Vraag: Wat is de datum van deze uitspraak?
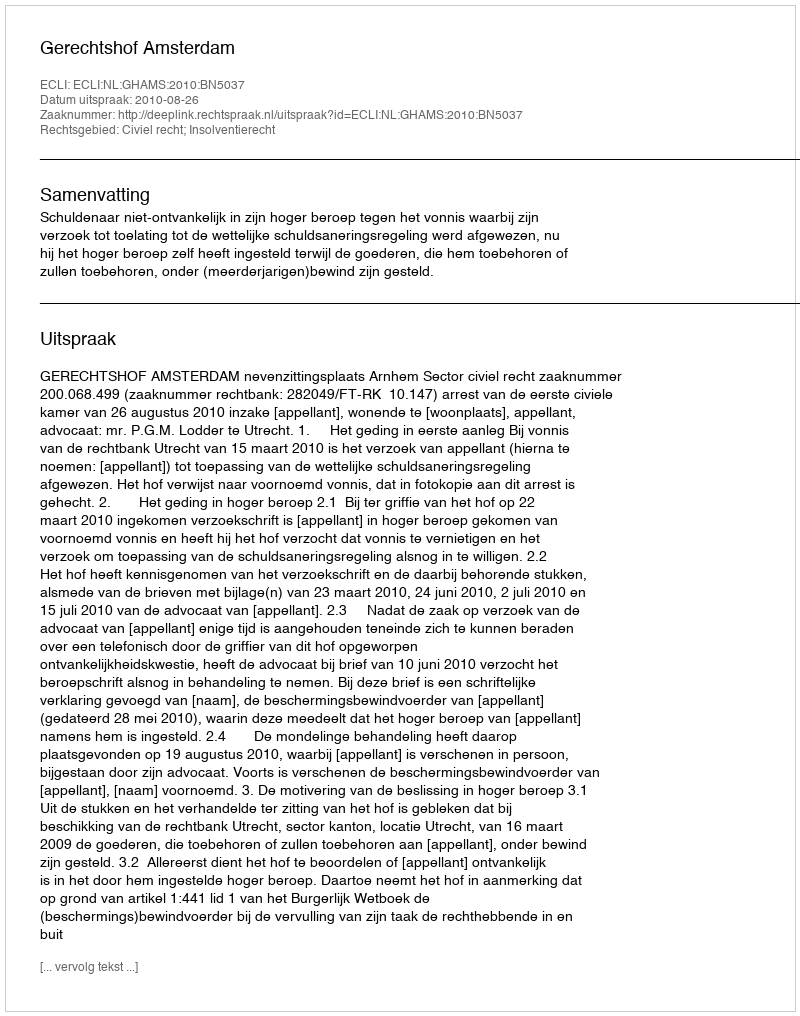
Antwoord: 2010-08-26